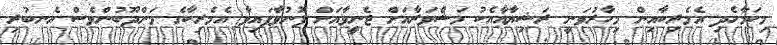
މިކަމާހެދި އެމެރިކާއިން މިހާރުވަނީ ރަޝިޔާއާއެކު މަޝްވަރާއަށް ޖެނީވާއަށް ފޮނުވާފައިވާ އެމެރިކާގެ މަންދޫބުންވެސް އެނބުރި